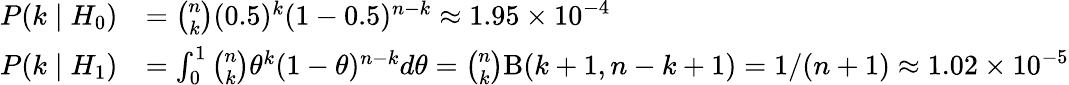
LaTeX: {\begin{array}{rl}{P(k\mid H_{0})}&{={\binom{n}{k}}(0.5)^{k}(1-0.5)^{n-k}\approx 1.95\times 10^{-4}}\\ {P(k\mid H_{1})}&{=\int_{0}^{1}{\binom{n}{k}}\theta^{k}(1-\theta)^{n-k}d\theta={\binom{n}{k}}\mathrm{\mathrm{B}}(k+1,n-k+1)=1/(n+1)\approx 1.02\times 10^{-5}}\end{array}}